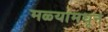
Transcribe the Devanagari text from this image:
मळ्यांमधून